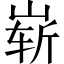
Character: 崭